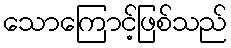
သောကြောင့်ဖြစ်သည်